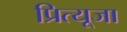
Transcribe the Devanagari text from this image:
प्रित्यूजा